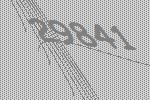
29841